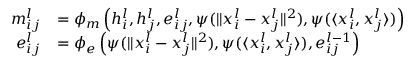
\begin{array} { r l } { m _ { i j } ^ { l } } & { = \phi _ { m } \left( h _ { i } ^ { l } , h _ { j } ^ { l } , e _ { i j } ^ { l } , \psi ( \Vert { x _ { i } ^ { l } - x _ { j } ^ { l } } \Vert ^ { 2 } ) , \psi ( \langle x _ { i } ^ { l } , x _ { j } ^ { l } \rangle ) \right) } \\ { e _ { i j } ^ { l } } & { = \phi _ { e } \left( \psi ( \Vert { x _ { i } ^ { l } - x _ { j } ^ { l } } \Vert ^ { 2 } ) , \psi ( \langle x _ { i } ^ { l } , x _ { j } ^ { l } \rangle ) , e _ { i j } ^ { l - 1 } \right) } \end{array}